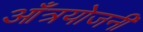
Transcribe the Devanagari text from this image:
आँत्रयोजनी